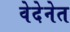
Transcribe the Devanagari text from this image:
वेदेनेत